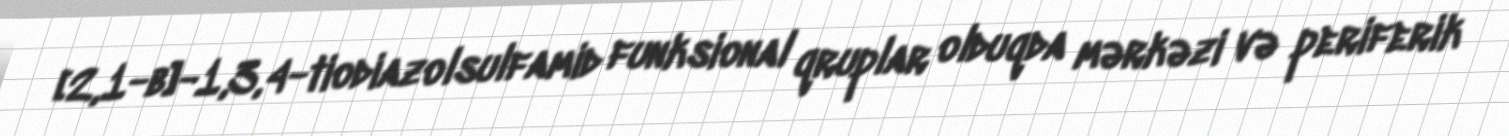
[2,1-b]-1,3,4-tiodiazolsulfamid funksional qruplar olduqda mərkəzi və periferik